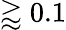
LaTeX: \gtrapprox 0.1